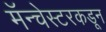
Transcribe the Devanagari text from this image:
मॅन्चेस्टरकडून